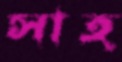
সাহ